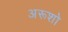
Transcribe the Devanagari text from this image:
अरूशो